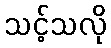
သင့်သလို